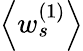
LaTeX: \left<w_{s}^{(1)}\right>